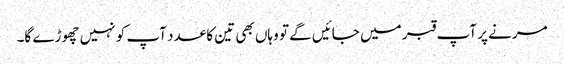
مرنے پر آپ قبر میں جائیں گے تو وہاں بھی تین کا عدد آپ کو نہیں چھوڑے گا۔